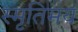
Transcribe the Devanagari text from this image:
स्मृतिमय